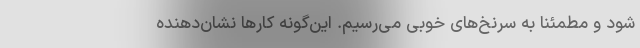
شود و مطمئنا به سرنخ‌های خوبی می‌رسیم. این‌گونه کارها نشان‌دهنده